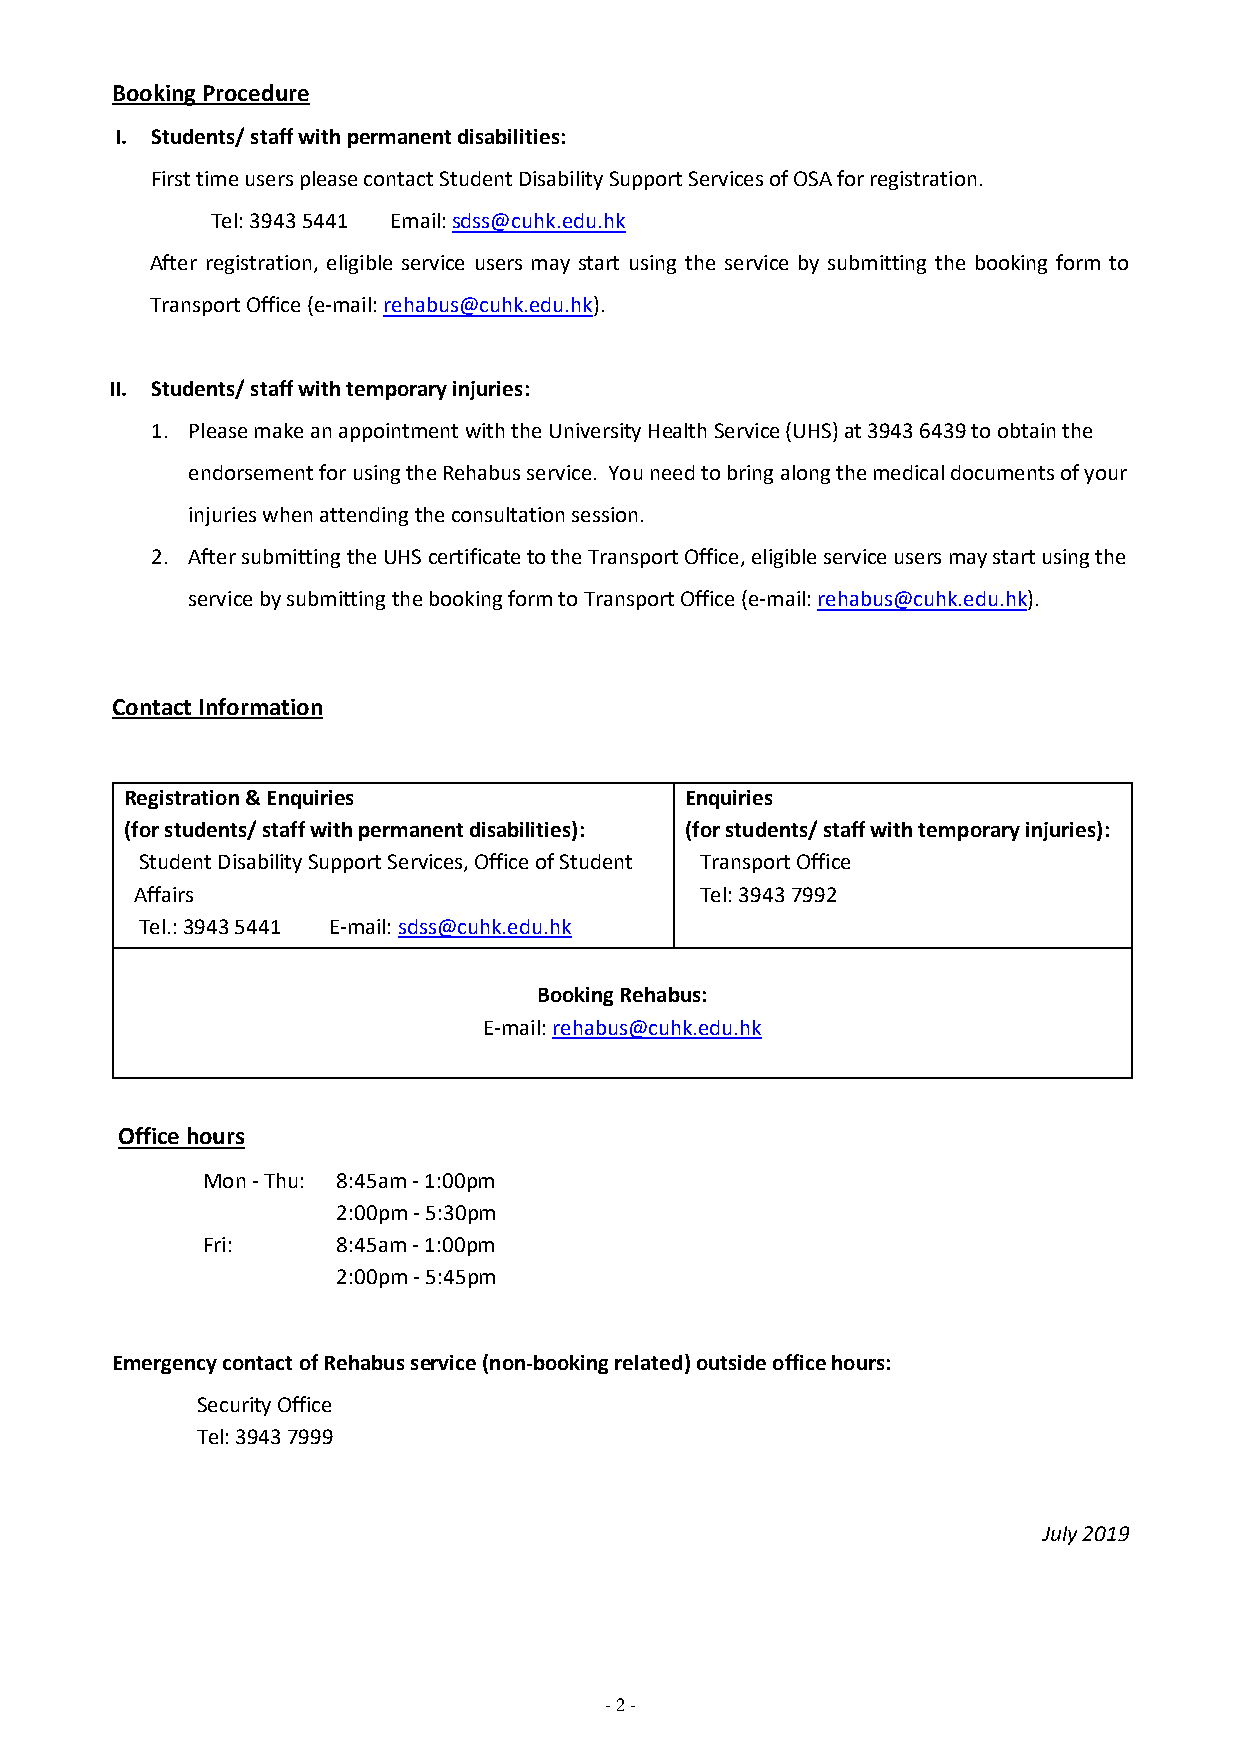
Booking Procedure
 I. Students/ staff with permanent disabilities:
 First time users please contact Student Disability Support Services of OSA for registration.
 Tel: 3943 5441 Email: sdss@cuhk.edu.hk
 After registration, eligible service users may start using the service by submitting the booking form to
 Transport Office (e-mail: rehabus@cuhk.edu.hk).
 II. Students/ staff with temporary injuries:
 1. Please make an appointment with the University Health Service (UHS) at 3943 6439 to obtain the
 endorsement for using the Rehabus service. You need to bring along the medical documents of your
 injuries when attending the consultation session.
 2. After submitting the UHS certificate to the Transport Office, eligible service users may start using the
 service by submitting the booking form to Transport Office (e-mail: rehabus@cuhk.edu.hk).
 Contact Information
 Registration & Enquiries             Enquiries
 (for students/ staff with permanent disabilities): (for students/ staff with temporary injuries):
 Student Disability Support Services, Office of Student Transport Office
 Affairs                              Tel: 3943 7992
 Tel.: 3943 5441 E-mail: sdss@cuhk.edu.hk
 Booking Rehabus:
 E-mail: rehabus@cuhk.edu.hk
 Office hours
 Mon - Thu: 8:45am - 1:00pm
 2:00pm - 5:30pm
 Fri:     8:45am - 1:00pm
 2:00pm - 5:45pm
 Emergency contact of Rehabus service (non-booking related) outside office hours:
 Security Office
 Tel: 3943 7999
 July 2019
 - 2 -